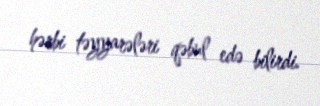
hərbi təyyarələri qəbul edə bilirdi.